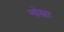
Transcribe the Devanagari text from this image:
नोस्त्रा